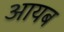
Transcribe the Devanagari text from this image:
आयब